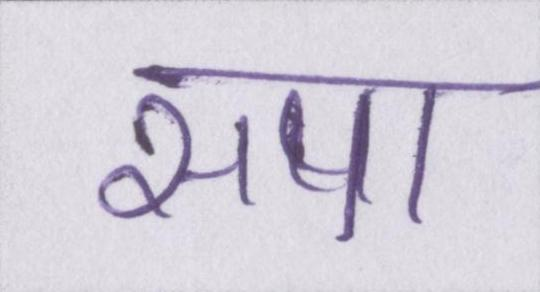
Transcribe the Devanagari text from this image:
सपा